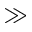
\gg